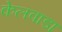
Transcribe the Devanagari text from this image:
केलवाडा